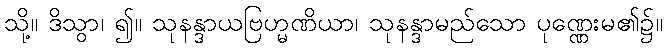
သို့။ ဒိသွာ၊ ၍။ သုနန္ဒာယဗြဟ္မဏိယာ၊ သုနန္ဒာမည်သော ပုဏ္ဏေးမ၏၌။